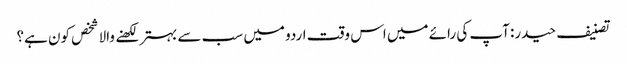
تصنیف حیدر: آپ کی رائے میں اس وقت اردو میں سب سے بہتر لکھنے والا شخص کون ہے؟